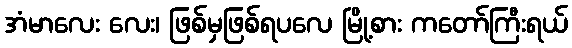
အံမာလေး လေး၊ ဖြစ်မှဖြစ်ရပလေ မြို့စား ကတော်ကြီးရယ်